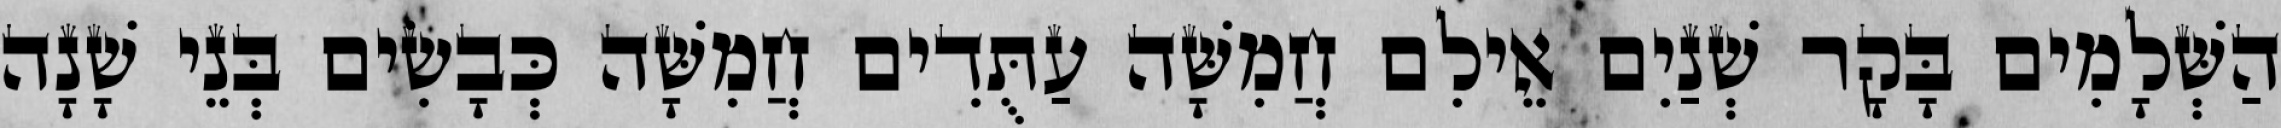
הַשְּׁלָמִים בָּקָר שְׁנַיִם אֵילִם חֲמִשָּׁה עַתֻּדִים חֲמִשָּׁה כְּבָשִׂים בְּנֵי שָׁנָה